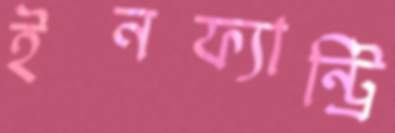
ইনফ্যান্ট্রি